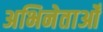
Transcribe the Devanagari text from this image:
अभिनेताओँ